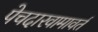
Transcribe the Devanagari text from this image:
पेचदारवामावर्त